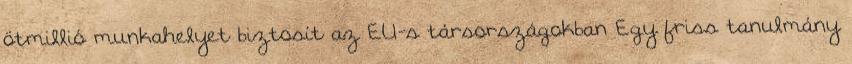
ötmillió munkahelyet biztosít az EU-s társországokban Egy friss tanulmány